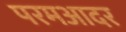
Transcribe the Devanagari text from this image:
परमआदर